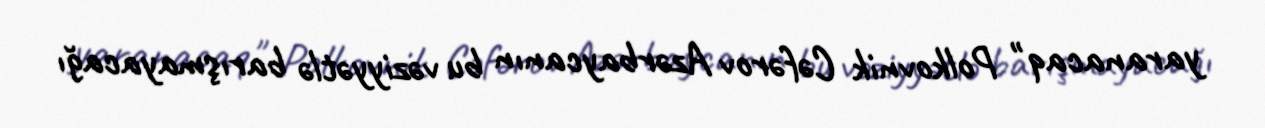
yaranacaq" Polkovnik Cəfərov Azərbaycanın bu vəziyyətlə barışmayacağı